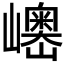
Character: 𱜓